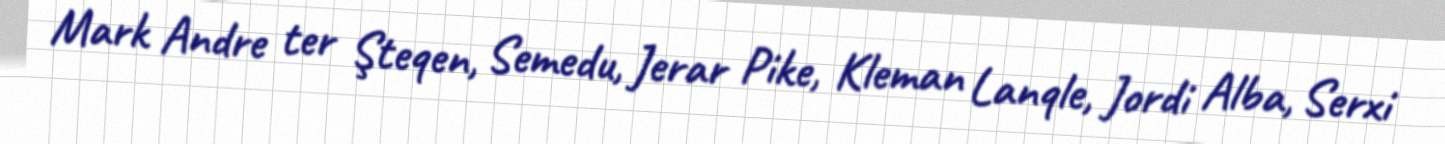
Mark Andre ter Şteqen, Semedu, Jerar Pike, Kleman Lanqle, Jordi Alba, Serxi